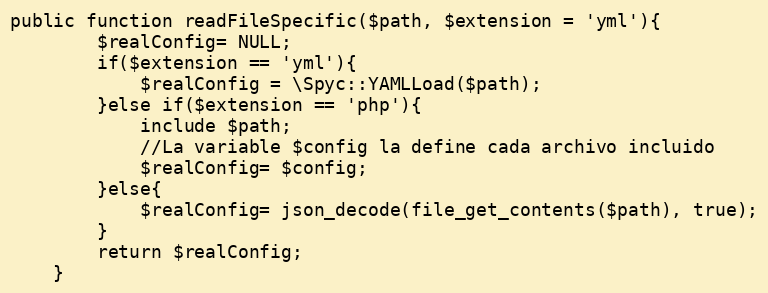
Language: PHP
public function readFileSpecific($path, $extension = 'yml'){
        $realConfig= NULL;
        if($extension == 'yml'){
            $realConfig = \Spyc::YAMLLoad($path);
        }else if($extension == 'php'){
            include $path;
            //La variable $config la define cada archivo incluido
            $realConfig= $config;
        }else{
            $realConfig= json_decode(file_get_contents($path), true);
        }
        return $realConfig;
    }